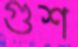
গুশ